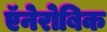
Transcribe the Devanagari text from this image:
ऍनेरोबिक